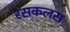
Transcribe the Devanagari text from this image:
रसकलस